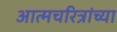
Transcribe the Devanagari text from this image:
आत्मचरित्रांच्या